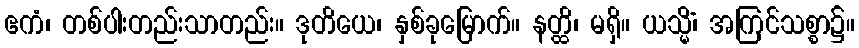
ဧကံ၊ တစ်ပါးတည်းသာတည်း။ ဒုတိယေ၊ နှစ်ခုမြောက်။ နတ္ထိ၊ မရှိ။ ယသ္မိံ၊ အကြင်သစ္စာ၌။